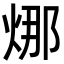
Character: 𭴴